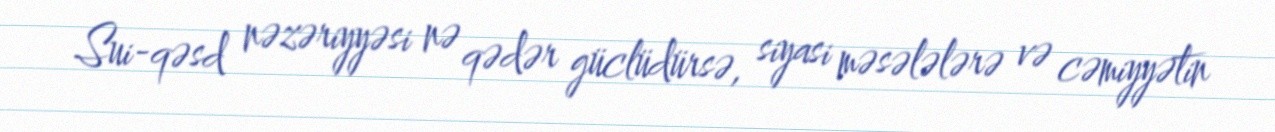
Sui-qəsd nəzəriyyəsi nə qədər güclüdürsə, siyasi məsələlərə və cəmiyyətin